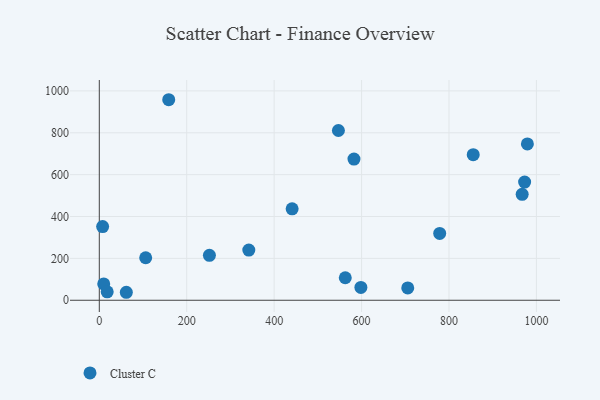
{"axis": {"x": "Experience", "y": "Salary"}, "legend": ["Cluster C"], "data": [{"x": "10.1", "y": 78.2, "type": "Cluster C"}, {"x": "106.1", "y": 203.0, "type": "Cluster C"}, {"x": "61.8", "y": 38.1, "type": "Cluster C"}, {"x": "342.0", "y": 239.5, "type": "Cluster C"}, {"x": "158.8", "y": 957.9, "type": "Cluster C"}, {"x": "7.6", "y": 352.0, "type": "Cluster C"}, {"x": "855.4", "y": 695.3, "type": "Cluster C"}, {"x": "441.1", "y": 436.9, "type": "Cluster C"}, {"x": "18.1", "y": 40.4, "type": "Cluster C"}, {"x": "598.4", "y": 61.4, "type": "Cluster C"}, {"x": "251.9", "y": 214.5, "type": "Cluster C"}, {"x": "979.3", "y": 746.9, "type": "Cluster C"}, {"x": "705.6", "y": 58.7, "type": "Cluster C"}, {"x": "547.0", "y": 810.9, "type": "Cluster C"}, {"x": "582.6", "y": 674.6, "type": "Cluster C"}, {"x": "973.0", "y": 564.3, "type": "Cluster C"}, {"x": "967.4", "y": 506.0, "type": "Cluster C"}, {"x": "778.7", "y": 319.4, "type": "Cluster C"}, {"x": "562.7", "y": 107.4, "type": "Cluster C"}]}